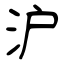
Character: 沪